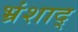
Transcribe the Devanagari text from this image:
भ्रंशाद्